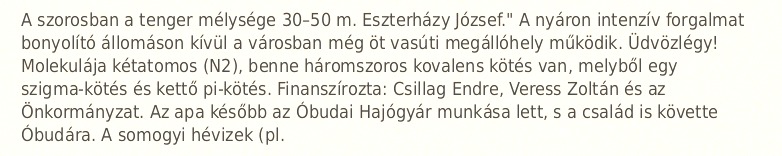
A szorosban a tenger mélysége 30–50 m. Eszterházy József." A nyáron intenzív forgalmat bonyolító állomáson kívül a városban még öt vasúti megállóhely működik. Üdvözlégy! Molekulája kétatomos (N2), benne háromszoros kovalens kötés van, melyből egy szigma-kötés és kettő pi-kötés. Finanszírozta: Csillag Endre, Veress Zoltán és az Önkormányzat. Az apa később az Óbudai Hajógyár munkása lett, s a család is követte Óbudára. A somogyi hévizek (pl.